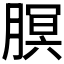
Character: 𬂊